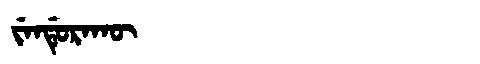
Manchu: ᠵᡝᠨᡩᡠᡵᠠᡴᡡ
Romanization: JENDURAKŪ